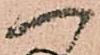
へ